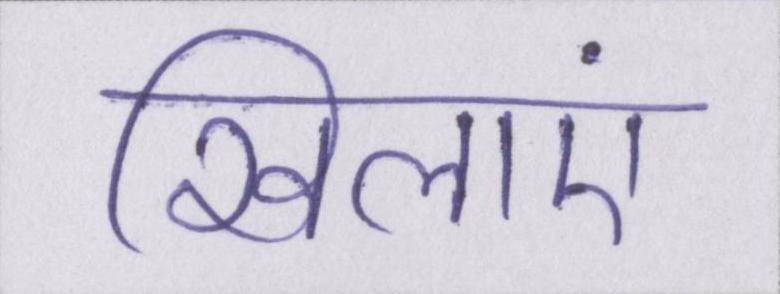
खिलाएं